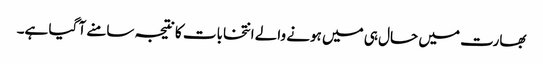
بھارت میں حال ہی میں ہونے والے انتخابات کا نتیجہ سامنے آ گیا ہے۔